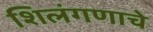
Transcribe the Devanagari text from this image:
शिलंगणाचे